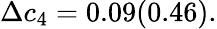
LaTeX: \Delta c_{4}=0.09(0.46).